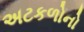
અટકળોનો